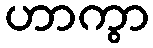
ဟာကွာ